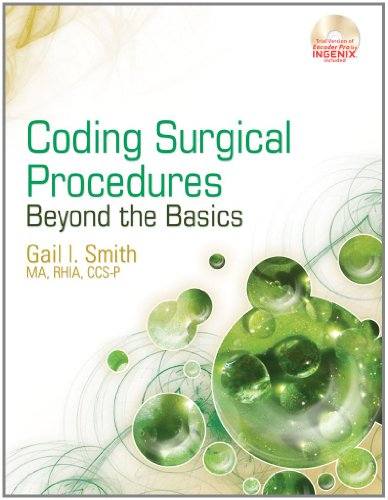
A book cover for Coding Surgical Procedures: Beyond the Basics (Health Information Management Product); Gail I. Smith; Business & Money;